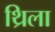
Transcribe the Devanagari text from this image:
थ्रिला